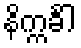
နိက္ကင်္ခါ